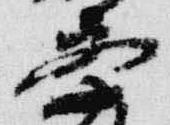
察